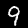
Digit: 9